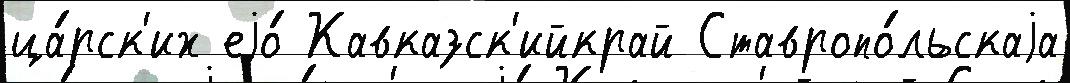
ца́рск'их еjо́ Кавказск'ийкрай Ставропо́льскаjа